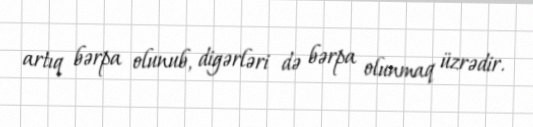
artıq bərpa olunub, digərləri də bərpa olunmaq üzrədir.